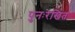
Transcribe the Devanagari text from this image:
पुनःरेखित